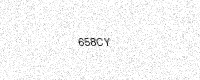
Text: 658CY